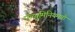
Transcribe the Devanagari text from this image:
ऍल्युमिनियमची